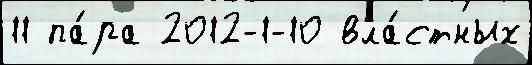
11 па́ра 2012-1-10 вла́стных